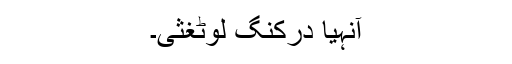
آنہیا درکنگ لوٹغثی۔